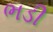
ભડી